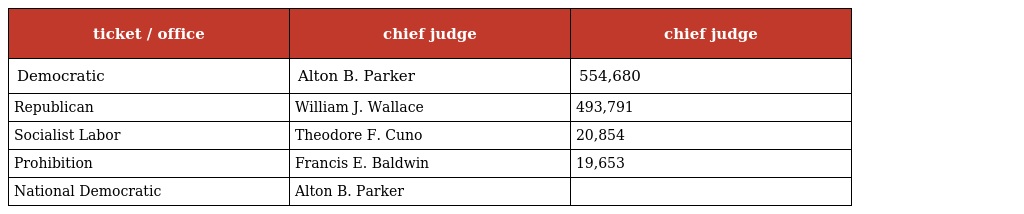
| ticket / office | chief judge | chief judge |
 | --- | --- | --- |
 | Democratic | Alton B. Parker | 554,680 |
 | Republican | William J. Wallace | 493,791 |
 | Socialist Labor | Theodore F. Cuno | 20,854 |
 | Prohibition | Francis E. Baldwin | 19,653 |
 | National Democratic | Alton B. Parker |  |